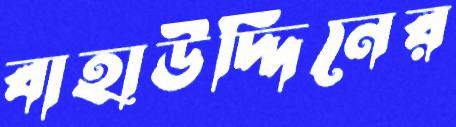
বাহাউদ্দিনের